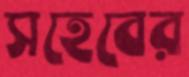
সহেবের